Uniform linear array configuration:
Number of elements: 24
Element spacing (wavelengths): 1
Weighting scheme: kaiser
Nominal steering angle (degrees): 60
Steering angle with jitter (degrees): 58.659
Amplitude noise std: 0.05
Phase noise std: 0.05

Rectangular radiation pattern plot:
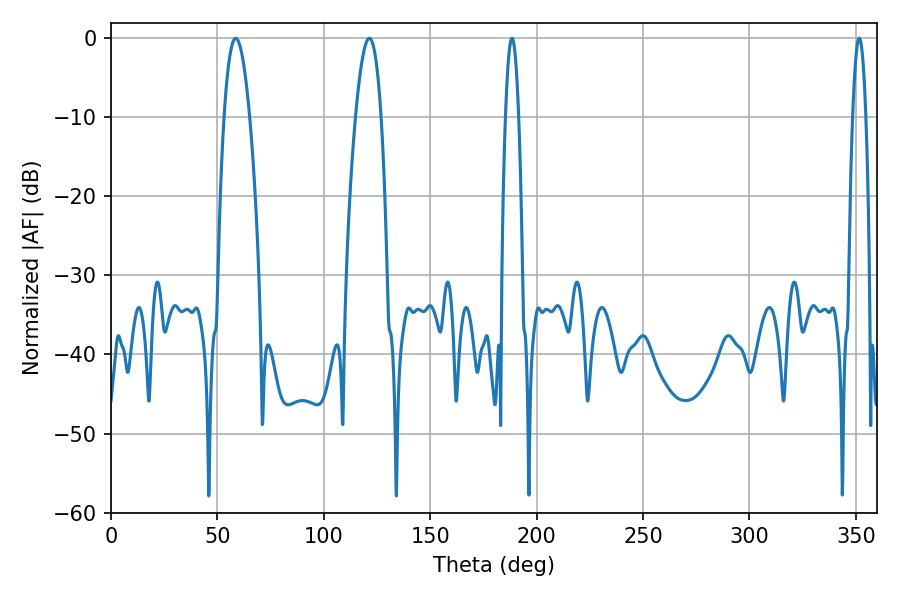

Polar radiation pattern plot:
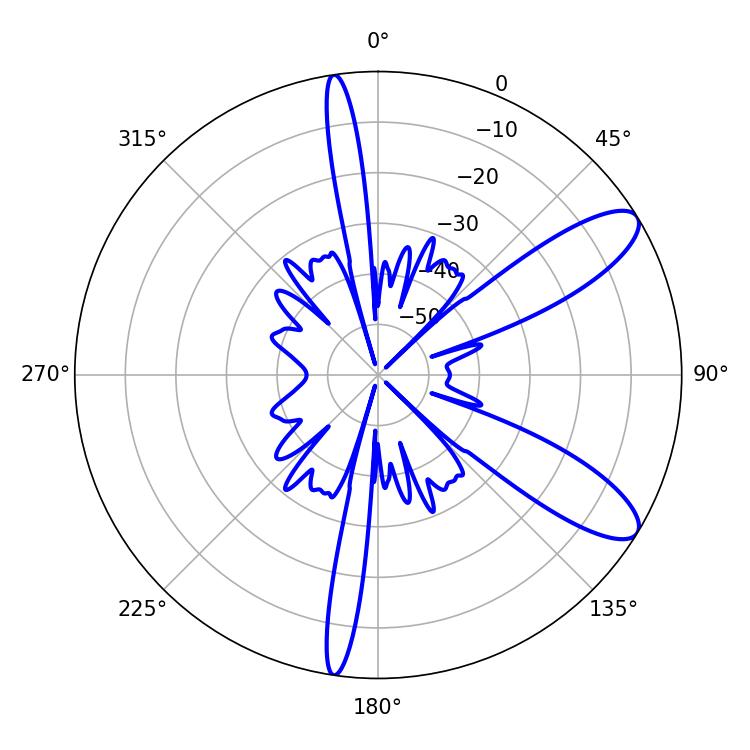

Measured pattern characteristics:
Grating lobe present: TRUE
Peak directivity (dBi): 10.146
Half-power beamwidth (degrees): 6.66
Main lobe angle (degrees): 58.68